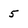
Character: 5